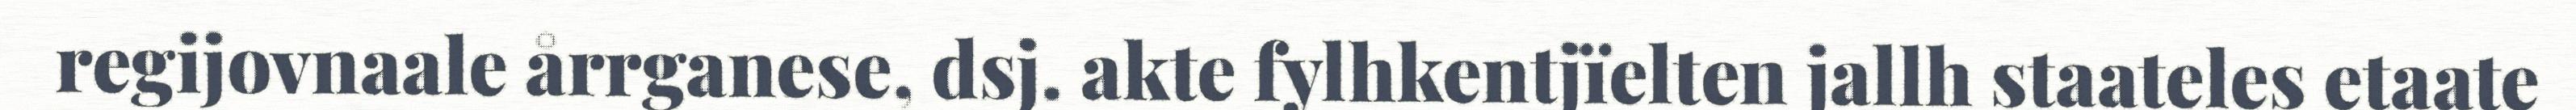
regijovnaale årrganese, dsj. akte fylhkentjïelten jallh staateles etaate